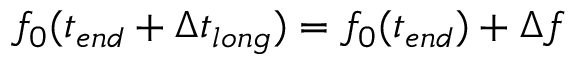
f _ { 0 } ( t _ { e n d } + \Delta t _ { l o n g } ) = f _ { 0 } ( t _ { e n d } ) + \Delta f